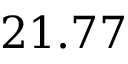
2 1 . 7 7